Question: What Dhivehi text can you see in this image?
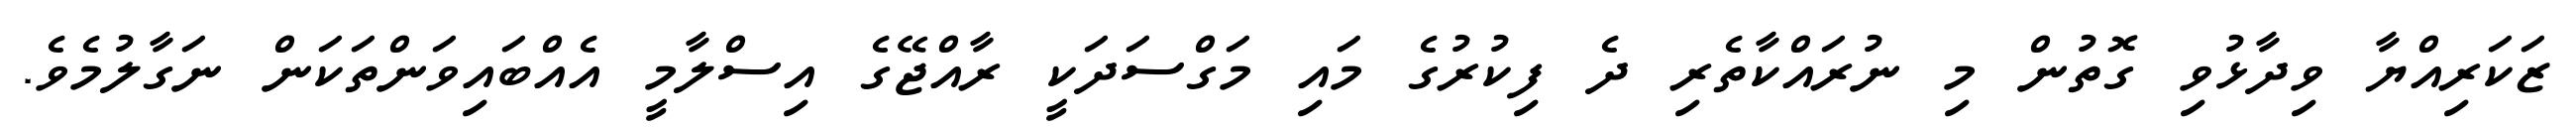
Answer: ޒަކަރިއްޔާ ވިދާޅުވި ގޮތުން މި ނުރައްކާތެރި ދެ ފިކުރުގެ މައި މަގްސަދަކީ ރާއްޖޭގެ އިސްލާމީ އެއްބައިވަންތަކަން ނަގާލުމެވެ.